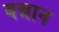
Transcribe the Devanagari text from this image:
बन्नान